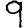
Digit: 9